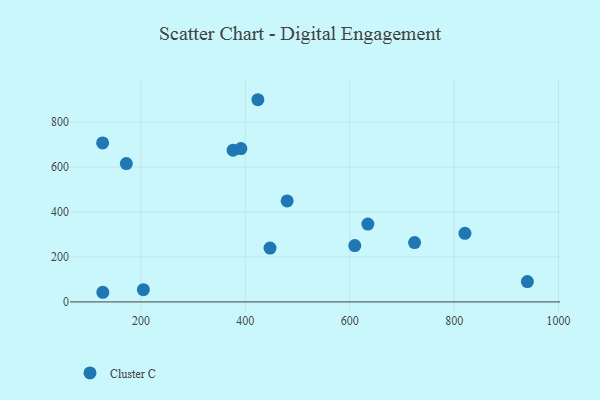
{"axis": {"x": "Ad Spend", "y": "Profit"}, "legend": ["Cluster C"], "data": [{"x": "820.7", "y": 305.1, "type": "Cluster C"}, {"x": "172.0", "y": 615.8, "type": "Cluster C"}, {"x": "609.7", "y": 250.5, "type": "Cluster C"}, {"x": "724.2", "y": 264.2, "type": "Cluster C"}, {"x": "634.7", "y": 346.3, "type": "Cluster C"}, {"x": "126.6", "y": 707.4, "type": "Cluster C"}, {"x": "424.0", "y": 899.7, "type": "Cluster C"}, {"x": "940.3", "y": 90.7, "type": "Cluster C"}, {"x": "376.6", "y": 675.2, "type": "Cluster C"}, {"x": "127.0", "y": 42.9, "type": "Cluster C"}, {"x": "391.5", "y": 682.5, "type": "Cluster C"}, {"x": "447.3", "y": 239.5, "type": "Cluster C"}, {"x": "204.7", "y": 54.5, "type": "Cluster C"}, {"x": "480.1", "y": 449.5, "type": "Cluster C"}]}